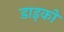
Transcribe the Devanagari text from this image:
डाइको